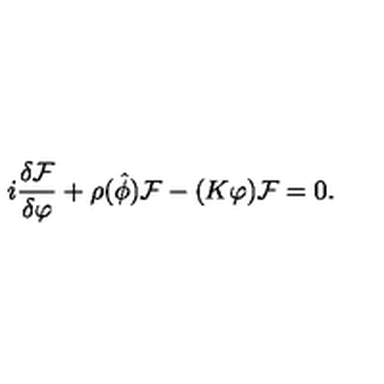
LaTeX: i \frac { \delta { \cal F } } { \delta \varphi } + \rho ( { \hat { \phi } } ) { \cal F } - ( K \varphi ) { \cal F } = 0 .